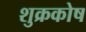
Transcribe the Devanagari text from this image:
शुक्रकोष